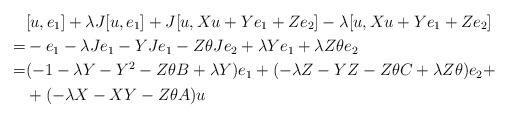
LaTeX: \begin{align*}&[u,e_1]+\lambda J[u,e_1] + J[u,Xu+Ye_1+Ze_2]-\lambda [u,Xu+Ye_1+Ze_2] &\\ =&-e_1-\lambda Je_1 -YJe_1-Z\theta Je_2 + \lambda Ye_1+\lambda Z\theta e_2 &\\=&(-1-\lambda Y-Y^2-Z\theta B+\lambda Y)e_1+(-\lambda Z-YZ-Z\theta C+\lambda Z\theta)e_2+ \\&+ (-\lambda X-XY-Z\theta A)u\end{align*}